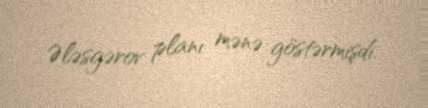
Ələsgərov planı mənə göstərmişdi.